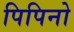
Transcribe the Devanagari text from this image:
पिपिनो